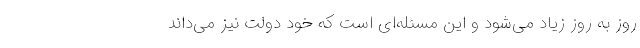
روز به روز زیاد می‌شود و این مسئله‌ای است که خود دولت نیز می‌داند